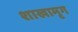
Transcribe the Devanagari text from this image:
शाखामृग